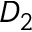
D _ { 2 }